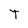
Character: T